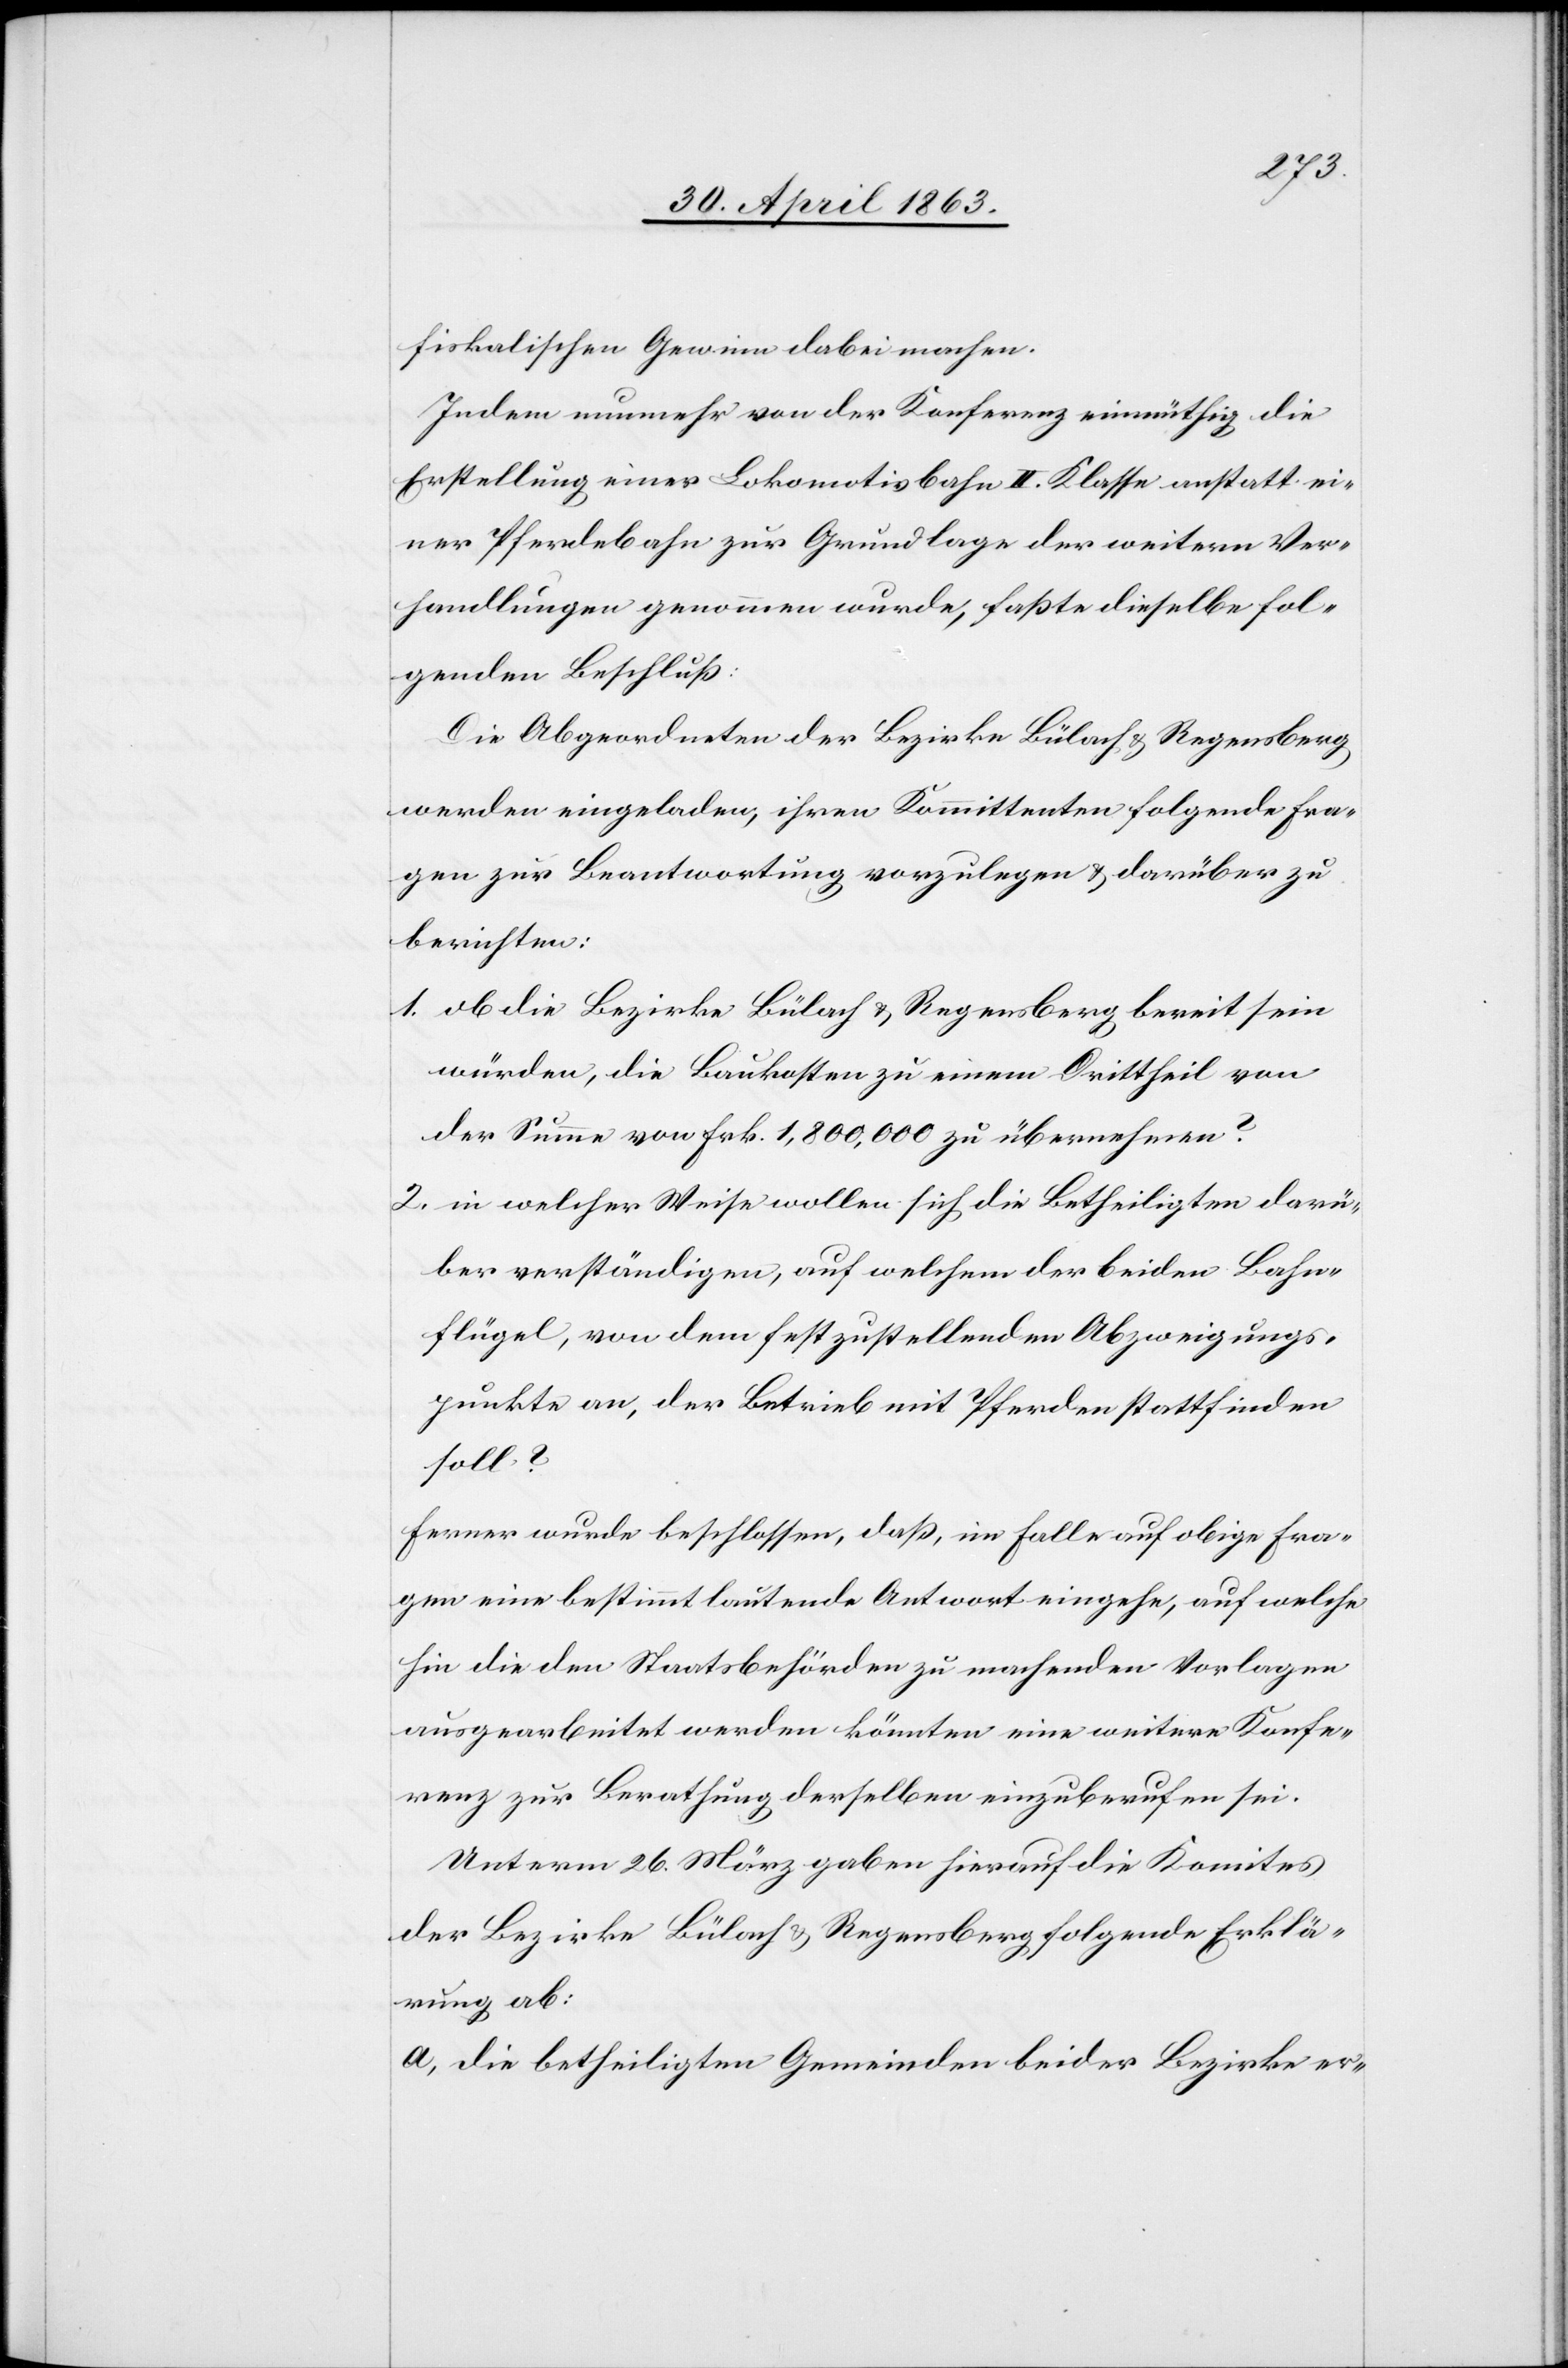
fiskalischen Gewinn dabei machen.
Indem nunmehr von der Konferenz einmüthig die
Erstellung einer Lokomotivbahn II. Klasse anstatt ei¬
ner Pferdebahn zur Grundlage der weitern Ver¬
handlungen genommen wurde, faßte dieselbe fol¬
genden Beschluß:
Die Abgeordneten der Bezirke Bülach & Regensberg
werden eingeladen, ihren Kommittenten folgende Fra¬
gen zur Beantwortung vorzulegen & darüber zu
berichten:
1. ob die Bezirke Bülach & Regensberg bereit sein
würden, die Baukosten zu einem Drittheil von
der Summe von Frk. 1,800,000 zu übernehmen?
2. in welcher Weise wollen sich die Betheiligten darü¬
ber verständigen, auf welchem der beiden Bahn¬
flügel, von dem festzustellenden Abzweigungs¬
punkte an, der Betrieb mit Pferden stattfinden
soll?
Ferner wurde beschlossen, daß, im Falle auf obige Fra¬
gen eine bestimmt lautende Antwort eingehe, auf welche
hin die den Staatsbehörden zu machenden Vorlagen
ausgearbeitet werden könnten eine weitere Konfe¬
renz zur Berathung derselben einzuberufen sei.
Unterm 26. März gaben hierauf die Komites
der Bezirke Bülach & Regensberg folgende Erklä¬
rung ab:
a) Die betheiligten Gemeinden beider Bezirke er-